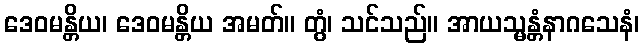
ဒေဝမန္တိယ၊ ဒေဝမန္တိယ အမတ်။ တွံ၊ သင်သည်။ အာယသ္မန္တံနာဂသေနံ၊